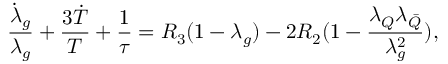
\frac { { \dot { \lambda } } _ { g } } { \lambda _ { g } } + \frac { { 3 \dot { T } } } { T } + \frac { 1 } { \tau } = R _ { 3 } ( 1 - \lambda _ { g } ) - 2 R _ { 2 } ( 1 - \frac { \lambda _ { Q } \lambda _ { \bar { Q } } } { \lambda _ { g } ^ { 2 } } ) ,